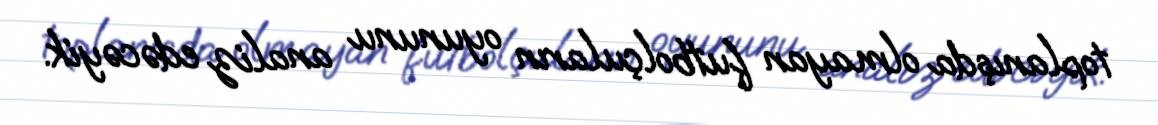
toplanışda olmayan futbolçuların oyununu analiz edəcəyik.